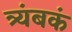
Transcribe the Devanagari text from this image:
त्र्यंबकं